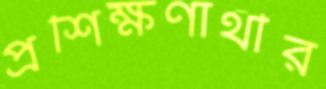
প্রশিক্ষণার্থীর